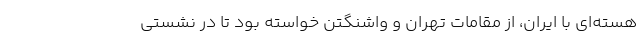
هسته‌ای با ایران، از مقامات تهران و واشنگتن خواسته بود تا در نشستی